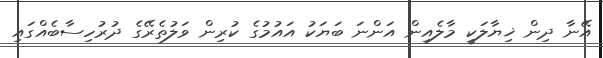
އޭނާ ދިން ޚިޔާލަކީ މާލެއިން އަންނަ ބަޔަކު އައުމުގެ ކުރިން ވަލުތެރޭގެ ދުރުހިސާބެއްގައި